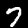
Digit: 7